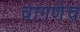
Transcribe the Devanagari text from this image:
वागणेच